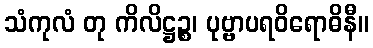
သံကုလံ တု ကိလိဋ္ဌဉ္စ၊ ပုဗ္ဗာပရဝိရောဓိနီ။